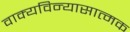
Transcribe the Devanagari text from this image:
वाक्यविन्यासात्मक